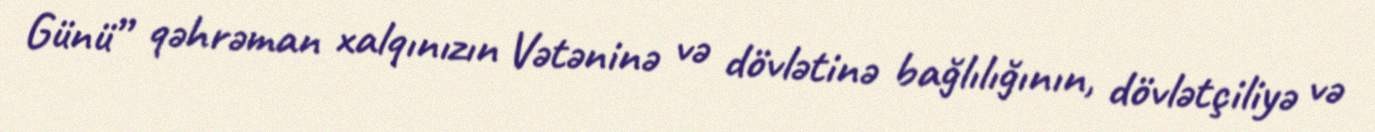
Günü” qəhrəman xalqınızın Vətəninə və dövlətinə bağlılığının, dövlətçiliyə və